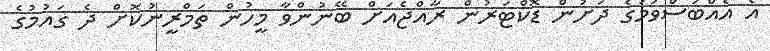
އެ އެއްބަސްވުމުގެ ދަށުން ޑޮކްޓަރުން ރާއްޖެއަށް ބޭނުންވާ މީހުން ތަމްރީނުކޮށް ދެ ގައުމުގެ